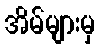
အိမ်များမှ